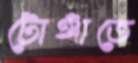
টোঙ্গাতে